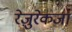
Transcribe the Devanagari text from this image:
रेज़ुरेकजा